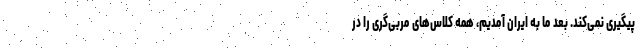
پیگیری نمی‌کند. بعد ما به ایران آمدیم، همه کلاس‌های مربی‌گری را در